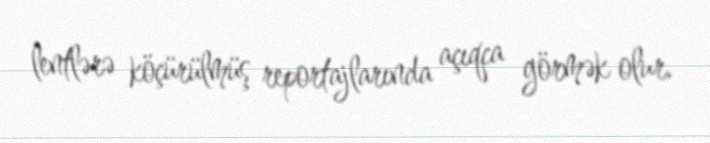
lentlərə köçürülmüş reportajlarında açıqca görmək olur.